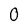
Character: 0